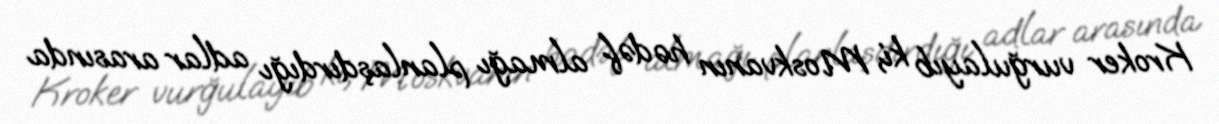
Kroker vurğulayıb ki, Moskvanın hədəf almağı planlaşdırdığı adlar arasında